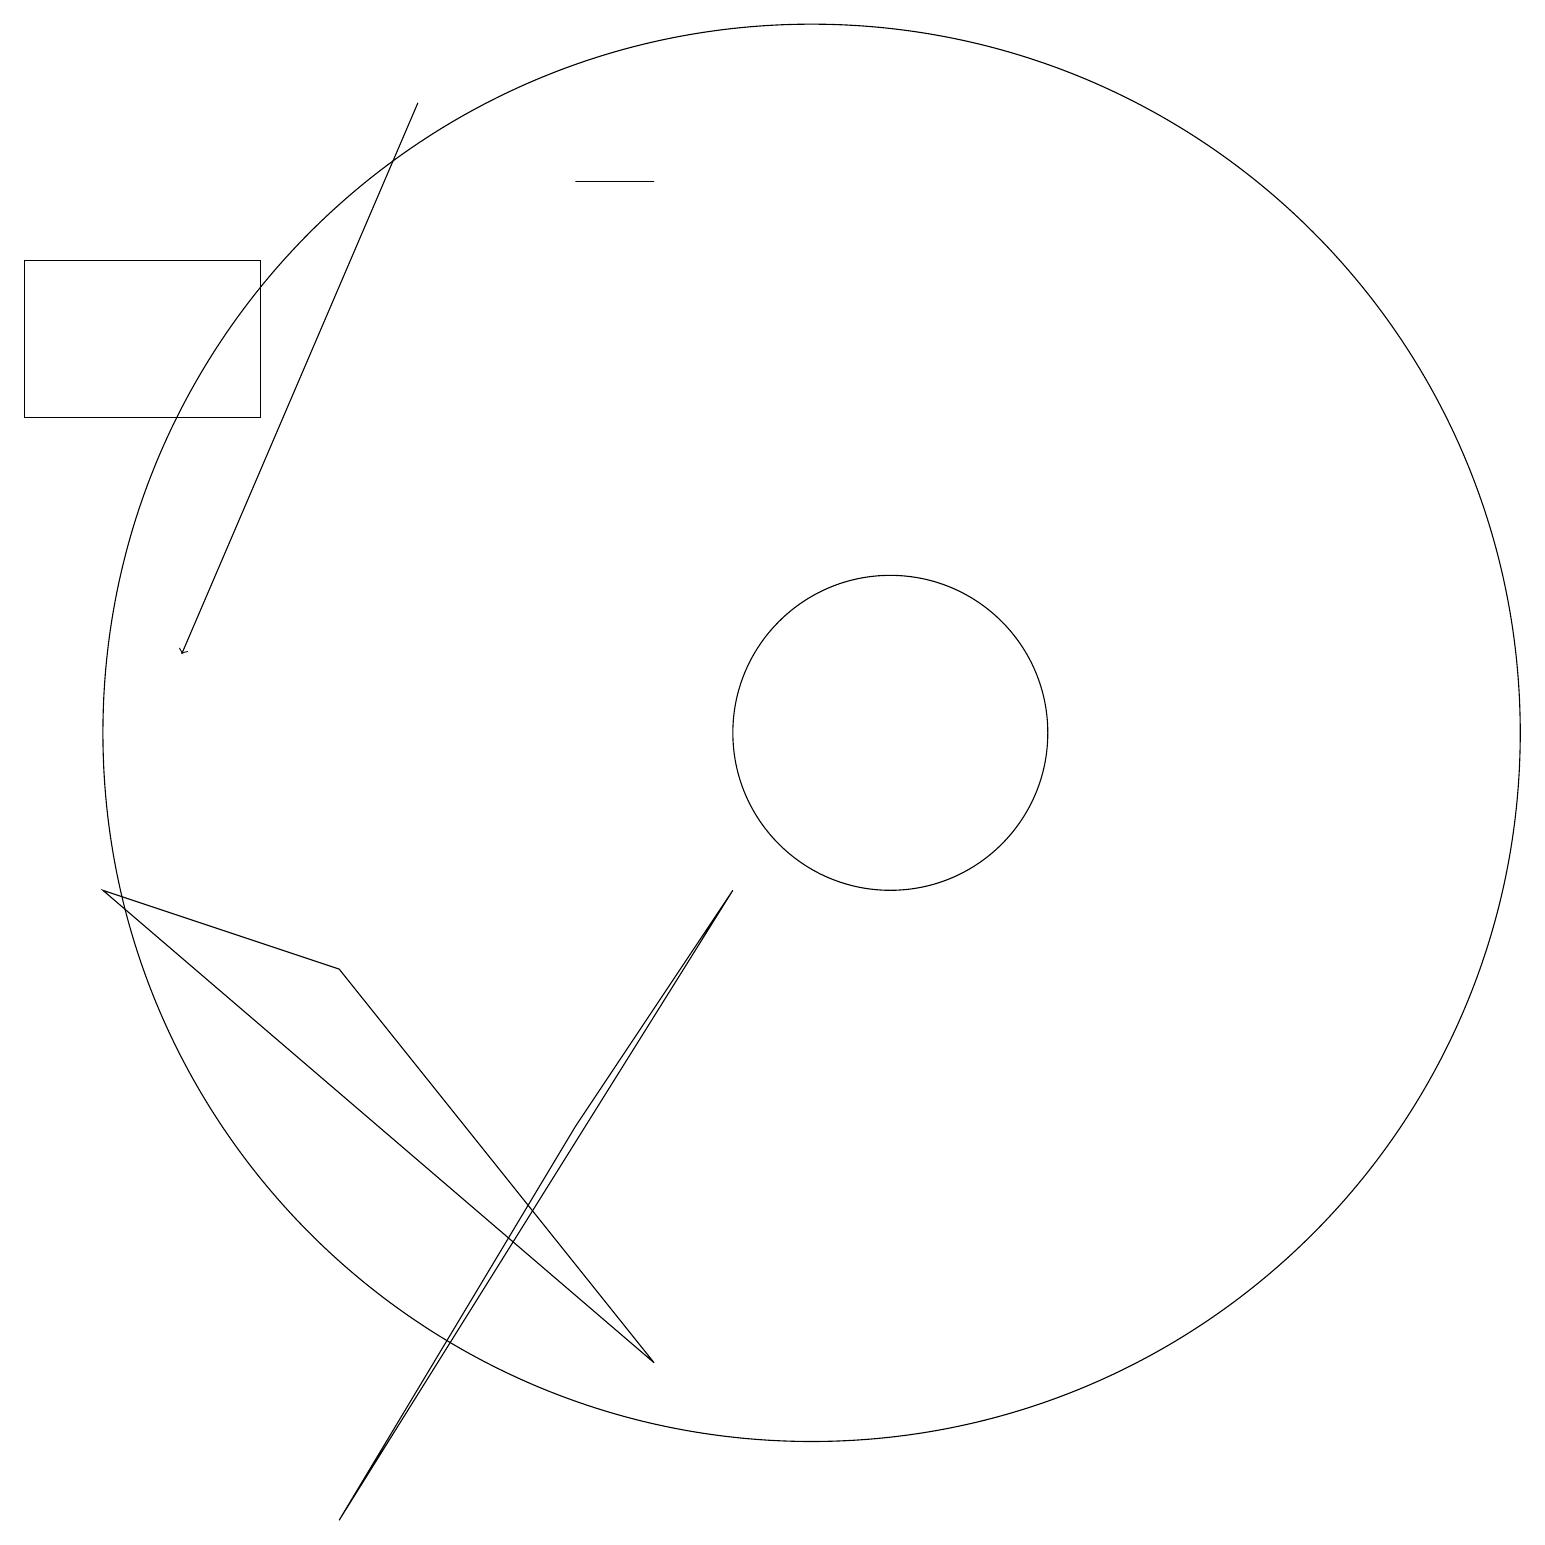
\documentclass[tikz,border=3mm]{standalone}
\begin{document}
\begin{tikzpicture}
\draw (7,5) -- (9,8) -- (4,0) -- cycle;
\draw[->] (5,18) -- (2,11);
\draw (11,10) circle (2);
\draw (8,2) -- (4,7) -- (1,8) -- cycle;
\draw (10,10) circle (9);
\draw (7,17) rectangle (8,17);
\draw (3,16) rectangle (0,14);
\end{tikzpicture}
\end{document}